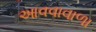
આવવાવાળા